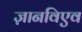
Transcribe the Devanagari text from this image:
ज़ानविएव